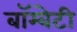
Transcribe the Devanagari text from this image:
बॉम्बेटी